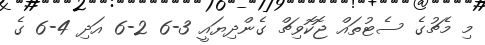
މި މެޗުގެ ސެޓުތައް ޖޮކޮވިޗް ގެންދިޔައީ 3-6 2-6 އަދި 4-6 ގެ